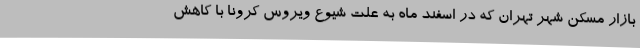
بازار مسکن شهر تهران که در اسفند ماه به علت شیوع ویروس کرونا با کاهش